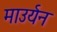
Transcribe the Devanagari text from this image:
माउर्यन